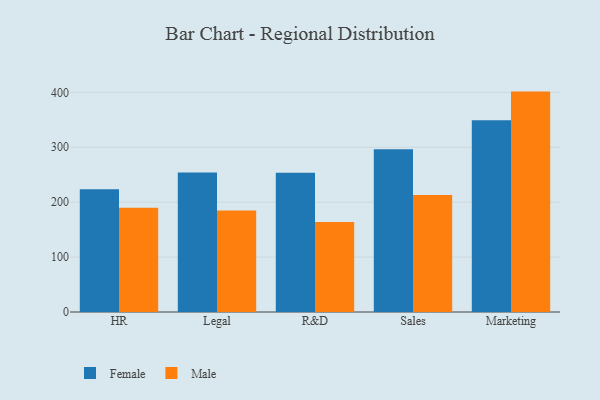
{"axis": {"x": "Department", "y": "Population (Million)"}, "legend": ["Female", "Male"], "data": [{"x": "HR", "y": 223.7, "type": "Female"}, {"x": "HR", "y": 189.9, "type": "Male"}, {"x": "Legal", "y": 253.9, "type": "Female"}, {"x": "Legal", "y": 184.8, "type": "Male"}, {"x": "R&D", "y": 253.4, "type": "Female"}, {"x": "R&D", "y": 164.1, "type": "Male"}, {"x": "Sales", "y": 296.2, "type": "Female"}, {"x": "Sales", "y": 213.0, "type": "Male"}, {"x": "Marketing", "y": 349.3, "type": "Female"}, {"x": "Marketing", "y": 401.4, "type": "Male"}]}